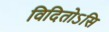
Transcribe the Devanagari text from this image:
विदितोऽसि